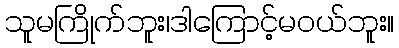
သူမကြိုက်ဘူး၊ဒါကြောင့်မဝယ်ဘူး။